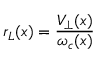
r _ { L } ( x ) = \frac { V _ { \perp } ( x ) } { \omega _ { c } ( x ) }